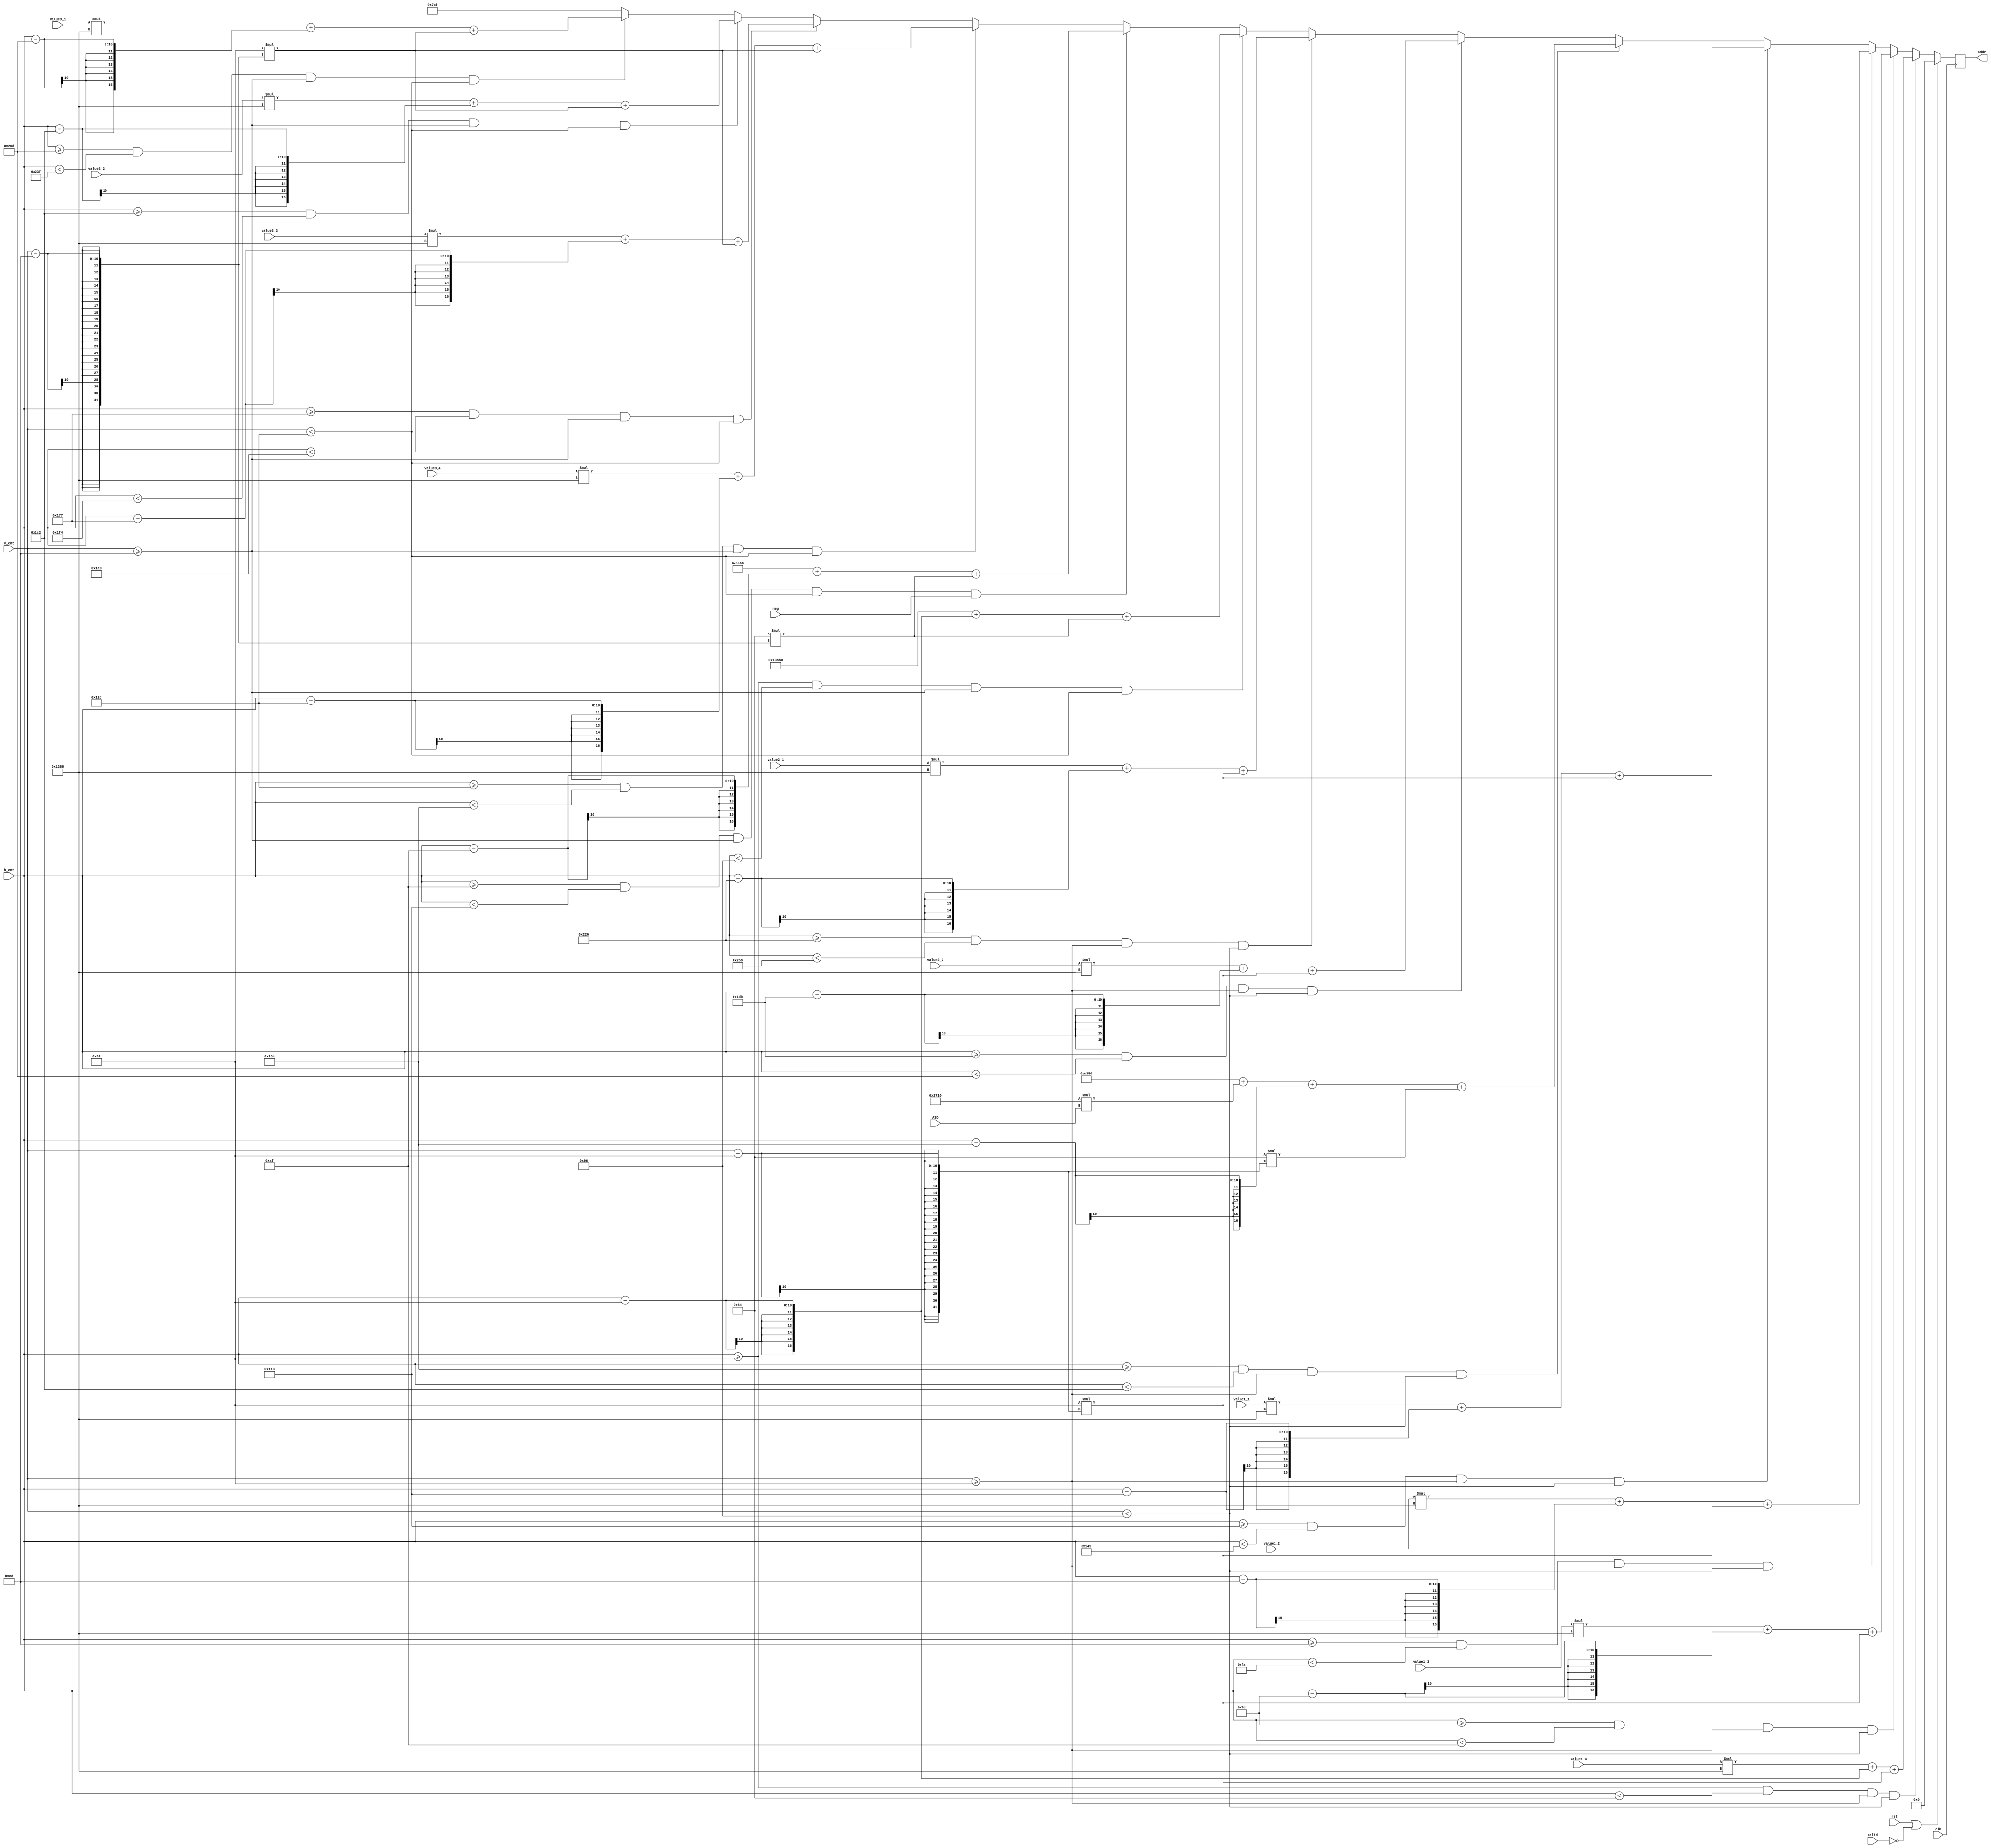
module addr_assign(clk, rst, valid, ASD, neg, h_cnt, v_cnt, value1_1, value1_2, value1_3, value1_4, value2_1, value2_2, value3_1, value3_2, value3_3, value3_4, addr);
    input clk;
    input rst;
    input valid;
    input [1:0]ASD;
    input neg; 
    input [9:0]h_cnt;
    input [9:0]v_cnt;
    input [3:0]value1_1, value1_2, value1_3, value1_4;
    input [3:0]value2_1, value2_2;
    input [3:0]value3_1, value3_2, value3_3, value3_4;
    output reg [16:0]addr;
    reg [16:0]addr_temp;
    
    always@*
        if (h_cnt >= 10'd50 && h_cnt < 10'd100 && v_cnt >= 10'd50 && v_cnt < 10'd150) addr_temp = value1_4 * 5000 + (h_cnt - 50) + 50*(v_cnt - 50);
        else if (h_cnt >= 10'd125 && h_cnt < 10'd175 && v_cnt >= 10'd50 && v_cnt < 10'd150) addr_temp = value1_3 * 5000 + (h_cnt - 125) + 50*(v_cnt - 50);
        else if (h_cnt >= 10'd200 && h_cnt < 10'd250 && v_cnt >= 10'd50 && v_cnt < 10'd150) addr_temp = value1_2 * 5000 + (h_cnt - 200) + 50*(v_cnt - 50);
        else if (h_cnt >= 10'd275 && h_cnt < 10'd325 && v_cnt >= 10'd50 && v_cnt < 10'd150) addr_temp = value1_1 * 5000 + (h_cnt - 275) + 50*(v_cnt - 50);
        else if (h_cnt >= 10'd350 && h_cnt < 10'd450 && v_cnt >= 10'd50 && v_cnt < 10'd150) addr_temp = 50000 + 10000*ASD + (h_cnt - 350) + 100*(v_cnt - 50);
        else if (h_cnt >= 10'd475 && h_cnt < 10'd525 && v_cnt >= 10'd50 && v_cnt < 10'd150) addr_temp = value2_2 * 5000 + (h_cnt - 475) + 50*(v_cnt - 50);
        else if (h_cnt >= 10'd550 && h_cnt < 10'd600 && v_cnt >= 10'd50 && v_cnt < 10'd150) addr_temp = value2_1 * 5000 + (h_cnt - 550) + 50*(v_cnt - 50);
        else if (h_cnt >= 10'd50 && h_cnt < 10'd150 && v_cnt >= 10'd200 && v_cnt < 10'd300) addr_temp = 80000 + (h_cnt - 50) + 100*(v_cnt - 200);
        else if (h_cnt >= 10'd175 && h_cnt < 10'd275 && v_cnt >= 10'd200 && v_cnt < 10'd300 && neg) addr_temp = 60000 + (h_cnt - 175) + 100*(v_cnt - 200);
        else if (h_cnt >= 10'd300 && h_cnt < 10'd350 && v_cnt >= 10'd200 && v_cnt < 10'd300) addr_temp = value3_4 * 5000 + (h_cnt - 300) + 50*(v_cnt - 200);
        else if (h_cnt >= 10'd375 && h_cnt < 10'd425 && v_cnt >= 10'd200 && v_cnt < 10'd300) addr_temp = value3_3 * 5000 + (h_cnt - 375) + 50*(v_cnt - 200);
        else if (h_cnt >= 10'd450 && h_cnt < 10'd500 && v_cnt >= 10'd200 && v_cnt < 10'd300) addr_temp = value3_2 * 5000 + (h_cnt - 450) + 50*(v_cnt - 200);
        else if (h_cnt >= 10'd525 && h_cnt < 10'd575 && v_cnt >= 10'd200 && v_cnt < 10'd300) addr_temp = value3_1 * 5000 + (h_cnt - 525) + 50*(v_cnt - 200);
        else addr_temp = 16'd1995;
        
        always@(posedge clk)
            if (rst || !valid) addr <= 16'd0;
            else addr <= addr_temp;
endmodule